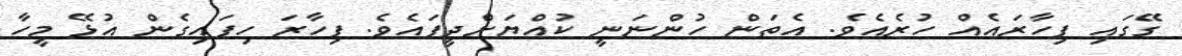
ގޭގައި ފިހާރައެއް ހުރެއެވެ. އެތަން ހުންނަނީ ކުއްޔަށްދީފައެވެ. ފިހާރަ ހިފައިގެން އުޅޭ މީހާ